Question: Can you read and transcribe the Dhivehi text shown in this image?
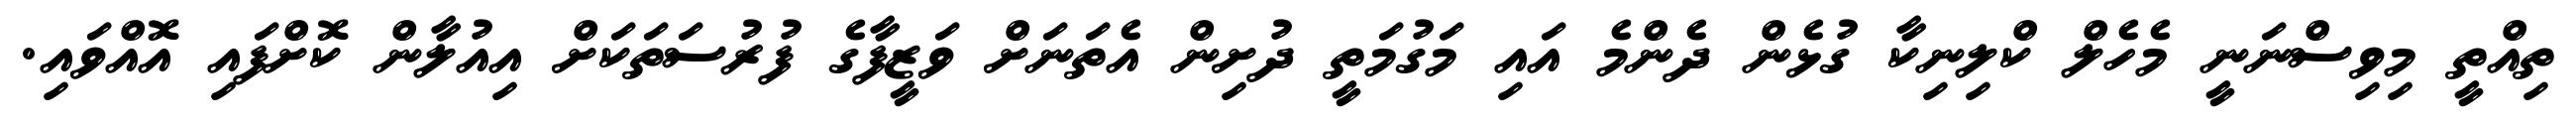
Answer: ތިއްތީ މިވިސްނަނީ މެހެލް ކްލިނިކާ ގުޅެން ދެންމެ އައި މަގުމަތީ ދުށިން އެތަނަށް ވަޒީފާގެ ފުރުސަތަކަށް އިއުލާން ކޮށްފައި އޮއްވައި.